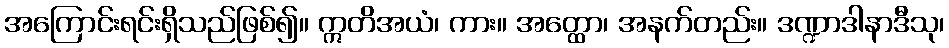
အကြောင်းရင်းရှိသည်ဖြစ်၍။ ဣတိအယံ၊ ကား။ အတ္ထော၊ အနက်တည်း။ ဒဏ္ဍာဒါနာဒီသု၊